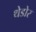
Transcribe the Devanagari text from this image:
थेडोर